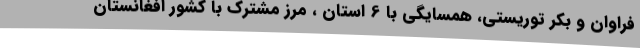
فراوان و بکر توریستی، همسایگی با 6 استان ، مرز مشترک با کشور افغانستان